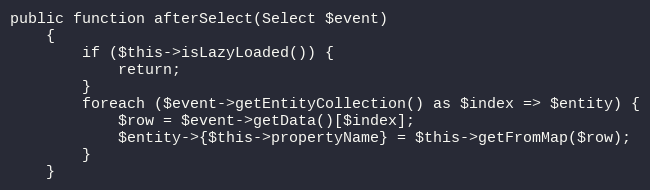
Language: PHP
public function afterSelect(Select $event)
    {
        if ($this->isLazyLoaded()) {
            return;
        }
        foreach ($event->getEntityCollection() as $index => $entity) {
            $row = $event->getData()[$index];
            $entity->{$this->propertyName} = $this->getFromMap($row);
        }
    }